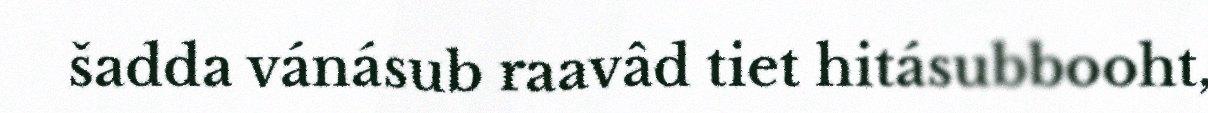
šadda vánásub raavâd tiet hitásubbooht,